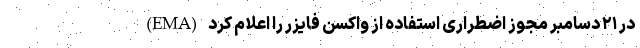
(EMA) در ۲۱ دسامبر مجوز اضطراری استفاده از واکسن فایزر را اعلام کرد